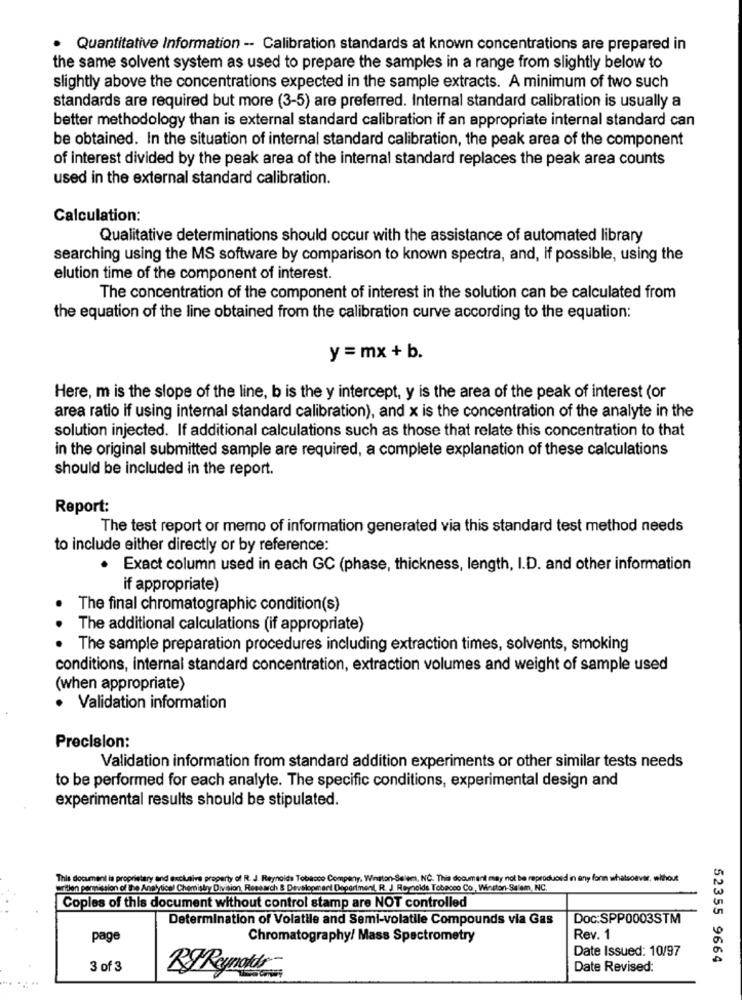
Quantitative Information -- Calibration standards at known concentrations are prepared in
the same solvent system as used to prepare the samples in a range from slightly below to
slightly above the concentrations expected in the sample extracts. A minimum of two such
standards are required but more (3-5) are preferred. Internal standard calibration is usually a
better methodology than is external standard calibration if an appropriate internal standard can
be obtained. In the situation of internal standard calibration, the peak area of the component
of interest divided by the peak area of the internal standard replaces the peak area counts
used in the external standard calibration.
Calculation:
Qualitative determinations should occur with the assistance of automated library
searching using the MS software by comparison to known spectra, and, if possible, using the
elution time of the component of interest.
The concentration of the component of interest in the solution can be calculated from
the equation of the line obtained from the calibration curve according to the equation:
y = mx + b.
Here, m is the slope of the line, b is the y intercept, y is the area of the peak of interest (or
area ratio if using internal standard calibration), and x is the concentration of the analyte in the
solution injected. If additional calculations such as those that relate this concentration to that
in the original submitted sample are required, a complete explanation of these calculations
should be included in the report.
Report:
The test report or memo of information generated via this standard test method needs
to include either directly or by reference:
. Exact column used in each GC (phase, thickness, length, I.D. and other information
if appropriate)
The final chromatographic condition(s)
The additional calculations (if appropriate)
The sample preparation procedures including extraction times, solvents, smoking
conditions, internal standard concentration, extraction volumes and weight of sample used
(when appropriate)
· Validation information
Precision:
Validation information from standard addition experiments or other similar tests needs
to be performed for each analyte. The specific conditions, experimental design and
experimental results should be stipulated.
This document is proprietary and exclusive property of R. J. Reynolds Tobacco Company, Winston-Salem, INC. This document may not be reproduced in any form whatsoever, without
writen permission of The Analytical Chemistry Division, Research & Development Deperiment, R. J. Reynolds Tobacco Co, Winston-Salem, INC.
Coples of this document without control stamp are NOT controlled
Determination of Volatile and Semi-volatile Compounds via Gas
Doc:SPP0003STM
page
Chromatography/ Mass Spectrometry
Rev. 1
Date Issued: 10/97
52355 9664
3 of 3
Date Revised: